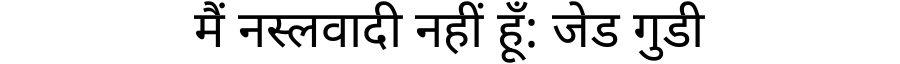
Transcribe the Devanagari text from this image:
मैं नस्लवादी नहीं हूँ: जेड गुडी